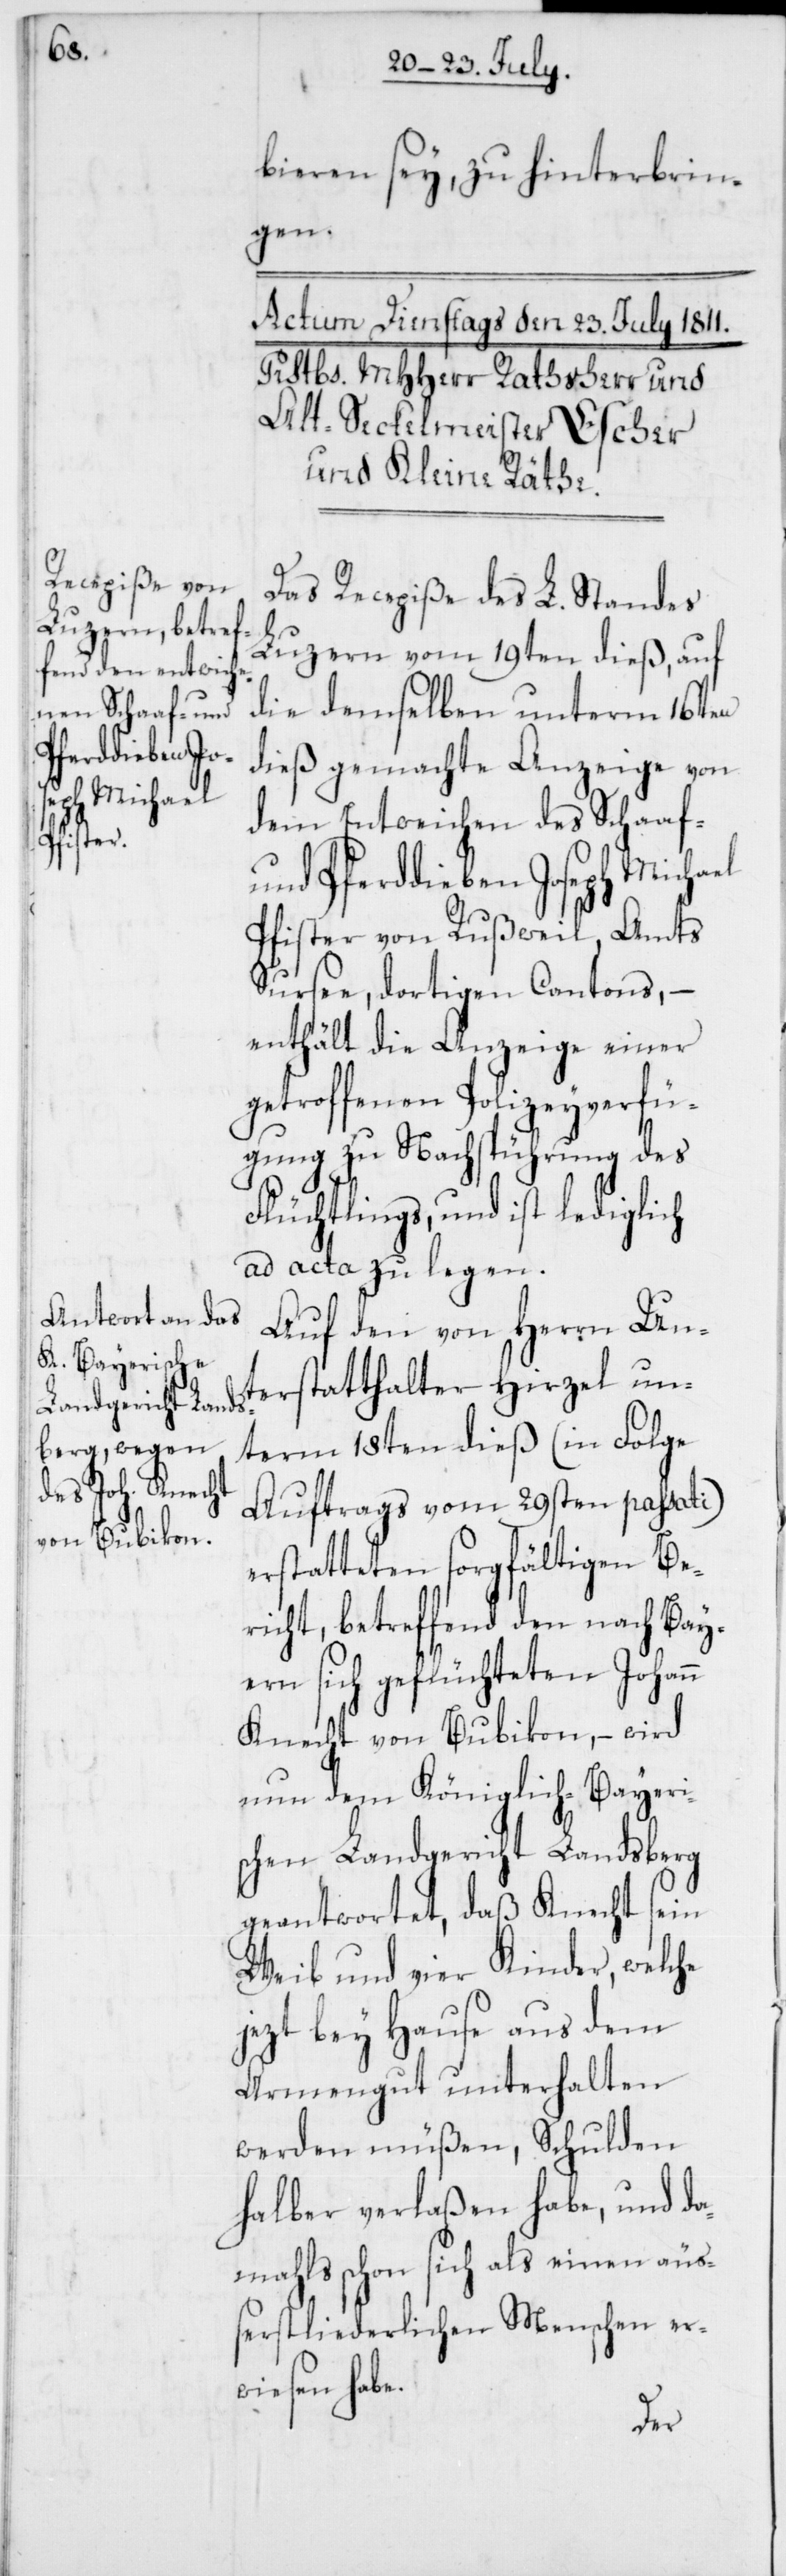
bieren sey, zu hinterbrin¬
gen.
Das Recepiße des L. Standes
Luzern vom 19ten dieß, auf
die demselben unterm 16ten
dieß gemachte Anzeige von
dem Entweichen des Schaaf-
und Pferddieben Joseph Michael
Pfister von Rußweil, Amts
Sursee, dortigen Cantons, –
enthält die Anzeige einer
getroffenen Polizeyverfü¬
gung zu Nachspührung des
Flüchtlings, und ist lediglich
ad acta zu legen.
Auf den von Herrn Un¬
terstatthalter Hirzel un¬
term 18ten dieß (in Folge
Auftrags vom 29sten passati)
erstatteten sorgfältigen Be¬
richt, betreffend den nach Bay¬
ern sich geflüchteten Johann
Knecht von Bubikon, – wird
nun dem Königlich-Bayeri¬
schen Landgericht Landsberg
geantwortet, daß Knecht sein
Weib und vier Kinder, welche
jezt bey Hause aus dem
Armengut unterhalten
werden müßen, Schulden
halber verlaßen habe, und da¬
mahls schon sich als einen äuß¬
erst liederlichen Menschen er¬
wiesen habe.